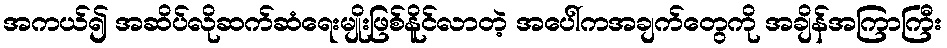
အကယ်၍ အဆိပ်လိုဆက်ဆံရေးမျိုးဖြစ်နိူင်လာတဲ့ အပေါ်ကအချက်တွေကို အချိန်အကြာကြီး